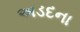
અડદના